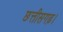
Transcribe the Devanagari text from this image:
छत्तीसगढ़।